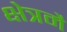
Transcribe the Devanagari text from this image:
क्षेत्रमै